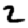
Digit: 2